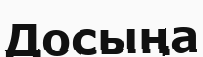
Досыңа